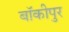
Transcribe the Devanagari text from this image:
बॉकीपुर